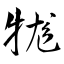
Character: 牻